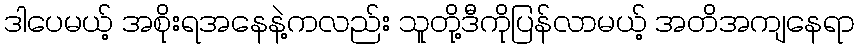
ဒါပေမယ့် အစိုးရအနေနဲ့ကလည်း သူတို့ဒီကိုပြန်လာမယ့် အတိအကျနေရာ